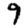
Digit: 9